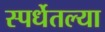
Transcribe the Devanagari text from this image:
स्पर्धेतल्या